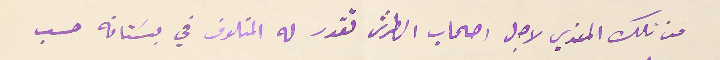
من تلك المعزي لاجل اصحاب الطرش تقدر له المتلوف في بسَتانه حسب